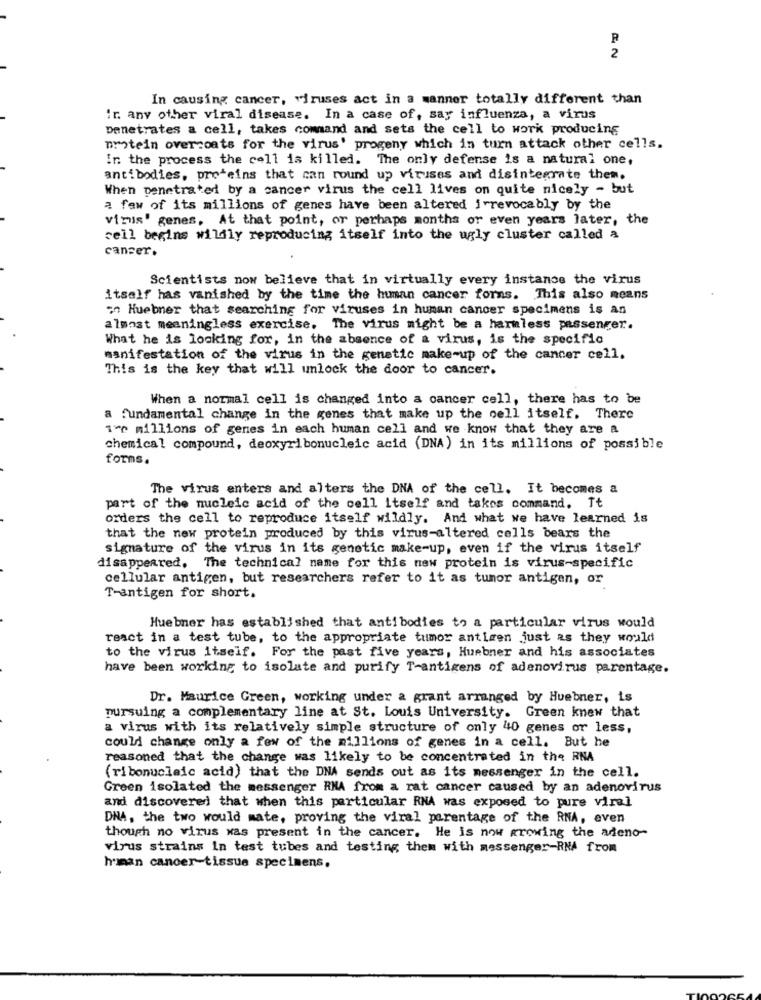
R
2
In causing cancer, viruses act in a manner totally different than
Ir. any other viral disease. In a case of, say influenza, a virus
Denetrates a cell, takes command and sets the cell to work producing
protein overcoats for the virus' progeny which in turn attack other cells.
in the process the cell is killed. The only defense is a natural one,
antibodies, proteins that can round up viruses and disintegrate them.
When penetrated by a cancer virus the cell lives on quite nicely - but
a few of its millions of genes have been altered irrevocably by the
virus' genes, At that point, or perhaps months or even years later, the
cell begins wildly reproducing itself into the ugly cluster called a
cancer.
Scientists now believe that in virtually every instance the virus
itself has vanished by the time the human cancer forms. This also means
; Huebner that searching for viruses in human cancer specimens is an
almost meaningless exercise. The virus might be a harmless passenger.
What he is looking for, in the absence of a virus, is the specific
manifestation of the virus in the genetic make-up of the cancer cell.
This is the key that will unlock the door to cancer.
When a normal cell is changed into a cancer cell, there has to be
a fundamental change in the genes that make up the cell itself. There
1'> millions of genes in each human cell and we know that they are a
chemical compound, deoxyribonucleic acid (DNA) in its millions of possible
forms.
The virus enters and alters the DNA of the cell. It becomes a
part of the nucleic acid of the cell itself and takes command. Tt
orders the cell to reproduce itself wildly. And what we have learned is
that the new protein produced by this virus-altered cells bears the
signature of the virus in its genetic make-up, even if the virus itself
disappeared. The technical name for this new protein is virus-specific
cellular antigen, but researchers refer to it as tumor antigen, or
T-antigen for short.
Huebner has established that antibodies to a particular virus would
react in a test tube, to the appropriate tumor antigen just as they would
to the virus itself. For the past five years, Huebner and his associates
have been working to isolate and purify T-antigens of adenovirus parentage.
Dr. Maurice Green, working under a grant arranged by Huebner, is
pursuing a complementary line at St. Louis University. Green knew that
a virus with its relatively simple structure of only 40 genes or less,
could change only a few of the millions of genes in a cell. But he
reasoned that the change was likely to be concentrated in the RNA
(ribonucleic acid) that the DNA sends out as its messenger in the cell.
Green isolated the messenger RNA from a rat cancer caused by an adenovirus
and discovered that when this particular RNA was exposed to pure viral
DNA, the two would mate, proving the viral parentage of the RNA, even
though no virus was present in the cancer. He is now growing the adeno-
virus strains in test tubes and testing them with messenger-RNA from
human cancer-tissue specimens.